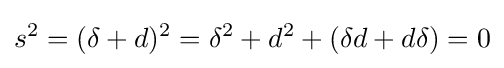
s^{2}=(\delta +d)^{2}=\delta ^{2}+d^{2}+(\delta d+d\delta )=0